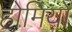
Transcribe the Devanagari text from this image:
होमियो